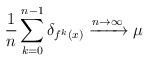
LaTeX: \begin{align*}\frac{1}{n}\sum_{k=0}^{n-1}\delta_{f^k(x)}\xrightarrow{{n\to\infty}}\mu \end{align*}